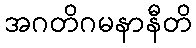
အဂတိဂမနာနီတိ